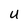
Character: U